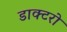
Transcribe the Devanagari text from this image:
डाक्टरो